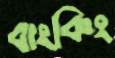
বাংকিং